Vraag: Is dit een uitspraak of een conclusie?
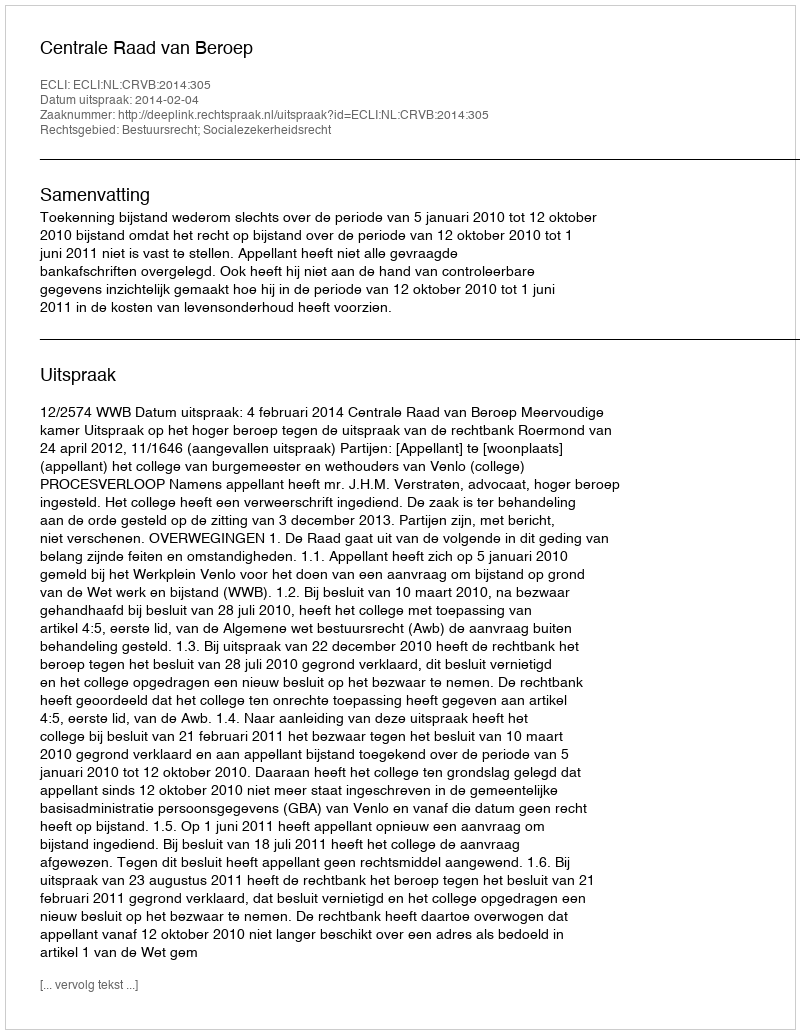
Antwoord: Uitspraak